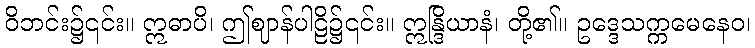
ဝိဘင်း၌၎င်း။ ဣဓာပိ၊ ဤဈာန်ပါဠိ၌၎င်း။ ဣန္ဒြိယာနံ၊ တို့၏။ ဥဒ္ဒေသက္ကမေနေဝ၊